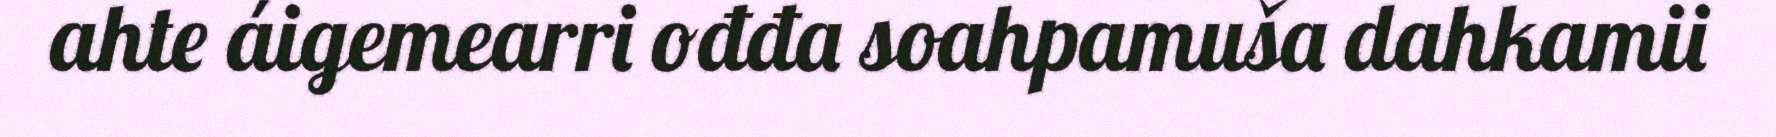
ahte áigemearri ođđa soahpamuša dahkamii